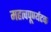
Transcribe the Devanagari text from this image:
महत्वपूर्ण्यटक